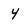
Character: 4